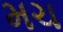
મચ